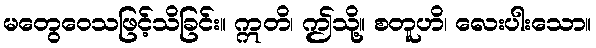
မတွေဝေသဖြင့်သိခြင်း။ ဣတိ၊ ဤသို့။ စတူဟိ၊ လေးပါးသော။